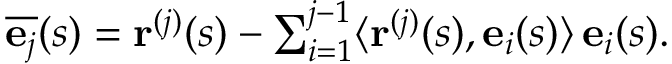
\begin{array} { r } { { \overline { { \mathbf { e } _ { j } } } } ( s ) = \mathbf { r } ^ { ( j ) } ( s ) - \sum _ { i = 1 } ^ { j - 1 } \langle \mathbf { r } ^ { ( j ) } ( s ) , \mathbf { e } _ { i } ( s ) \rangle \, \mathbf { e } _ { i } ( s ) . } \end{array}